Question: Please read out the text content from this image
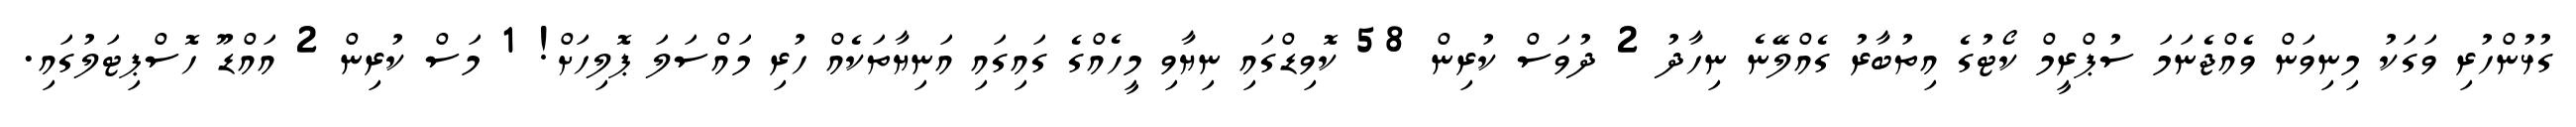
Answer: ގުޅުންހުރި ވަގަކު މިނިވަން ވެއްޖެނަމަ ސުޕްރީމް ކޯޓުގެ އިތުބާރު ގެއްލޭނެ ނިހާދު 2 ދުވަސް ކުރިން 58 ކޮވިޑްގައި ނިޔާވި މީހެއްގެ ގައިގައި އަނިޔާތަކެއް ހުރި މައްސަލަ ޕޮލިހަށް! 1 މަސް ކުރިން 2 އައްޑޫ ހޮސްޕިޓަލުގައި.